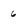
Character: 6